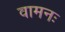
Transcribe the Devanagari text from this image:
वामनः